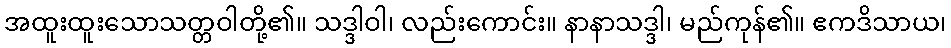
အထူးထူးသောသတ္တဝါတို့၏။ သဒ္ဒါဝါ၊ လည်းကောင်း။ နာနာသဒ္ဒါ၊ မည်ကုန်၏။ ဧကဒိသာယ၊